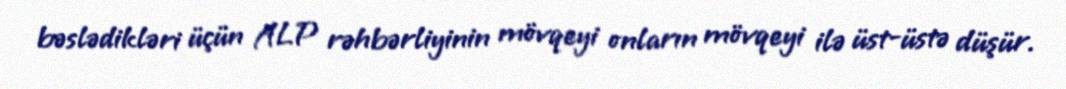
bəslədikləri üçün ALP rəhbərliyinin mövqeyi onların mövqeyi ilə üst-üstə düşür.